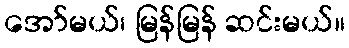
အော်မယ်၊ မြန်မြန် ဆင်းမယ်။